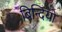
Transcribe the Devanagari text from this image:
बिन्दियों